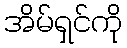
အိမ်ရှင်ကို